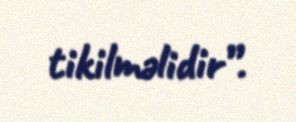
tikilməlidir”.